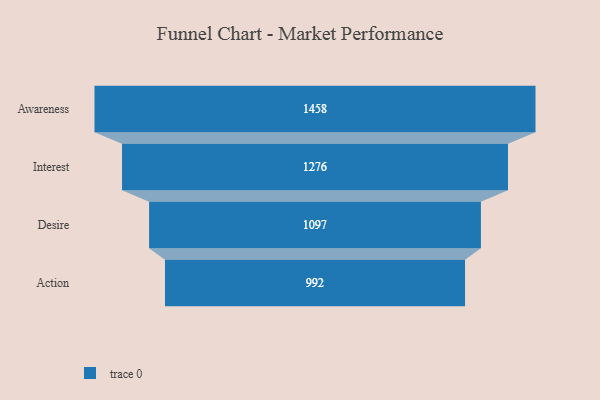
{"axis": {"x": "Stage", "y": "Value"}, "legend": [""], "data": [{"x": "Awareness", "y": 1458.0, "type": ""}, {"x": "Interest", "y": 1276.0, "type": ""}, {"x": "Desire", "y": 1097.0, "type": ""}, {"x": "Action", "y": 992.0, "type": ""}]}